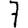
Digit: 7